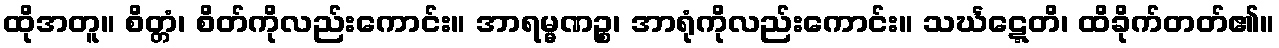
ထိုအတူ။ စိတ္တံ၊ စိတ်ကိုလည်းကောင်း။ အာရမ္မဏဉ္စ၊ အာရုံကိုလည်းကောင်း။ သင်္ဃဋ္ဋေတိ၊ ထိခိုက်တတ်၏။